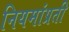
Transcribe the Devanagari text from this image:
नियमांप्रती